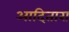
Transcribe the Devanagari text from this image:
आदितारा